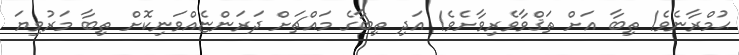
ޙުމްރާނެވެ! ތިބާ އަށް ތަޤްވާވެރިވާށެވެ! އަދި ތިބާގެ މައްޗަށް ދަރަންޏެއްވަނިކޮށް ތިބާ މަރުވިޔަ